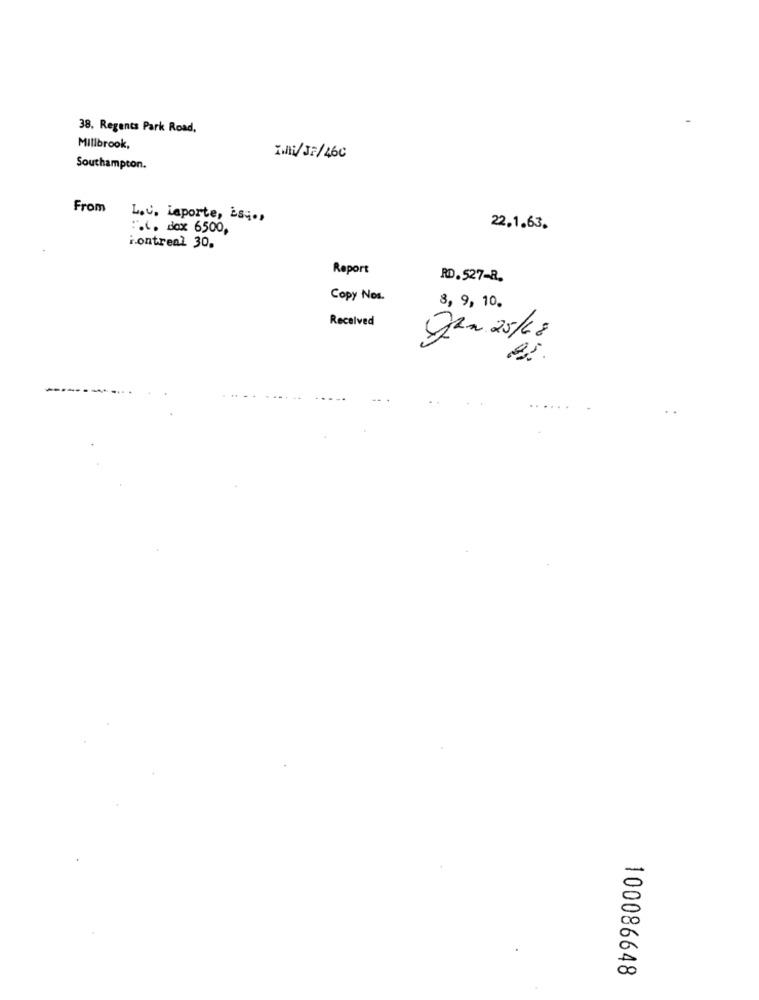
38. Regents Park Road,
Millbrook,
IN/JF/46C
Southampton.
From
L.C. Laporte, is ;.,
:. i. dox 6500,
22,1.63.
i.ontreal 30.
Report
RD.527-R.
Copy Nos.
8, 9, 10.
Received
Jan 25/68
100086648